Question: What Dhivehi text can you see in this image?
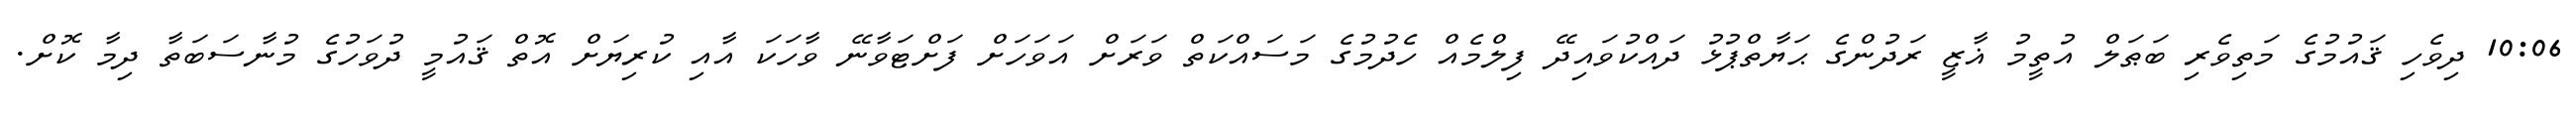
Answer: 10:06 ދިވެހި ޤައުމުގެ މަތިވެރި ބަޠަލް އުތީމު ޣާޒީ ރަދުންގެ ޙަޔާތްޕުޅު ދައްކުވައިދޭ ފިލްމެއް ހެދުމުގެ މަސައްކަތް ވަރަށް އަވަހަށް ފަށްޓަވާނޭ ވާހަކަ އާއި ކުރިޔަށް އޮތް ޤައުމީ ދުވަހުގެ މުނާސަބަތާ ދިމާ ކޮށް.